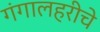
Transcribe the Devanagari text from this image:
गंगालहरीचे